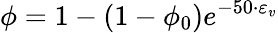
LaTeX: \phi=1-(1-\phi_{0})e^{-50\cdot\varepsilon_{v}}